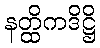
နတ္ထိကဒိဋ္ဌိ